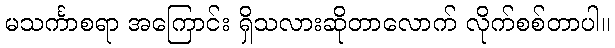
မသင်္ကာစရာ အကြောင်း ရှိသလားဆိုတာလောက် လိုက်စစ်တာပါ။